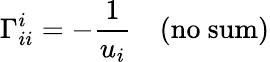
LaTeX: \Gamma_{ii}^{i}=-\frac{1}{u_{i}}\quad(\mathrm{no~sum)}